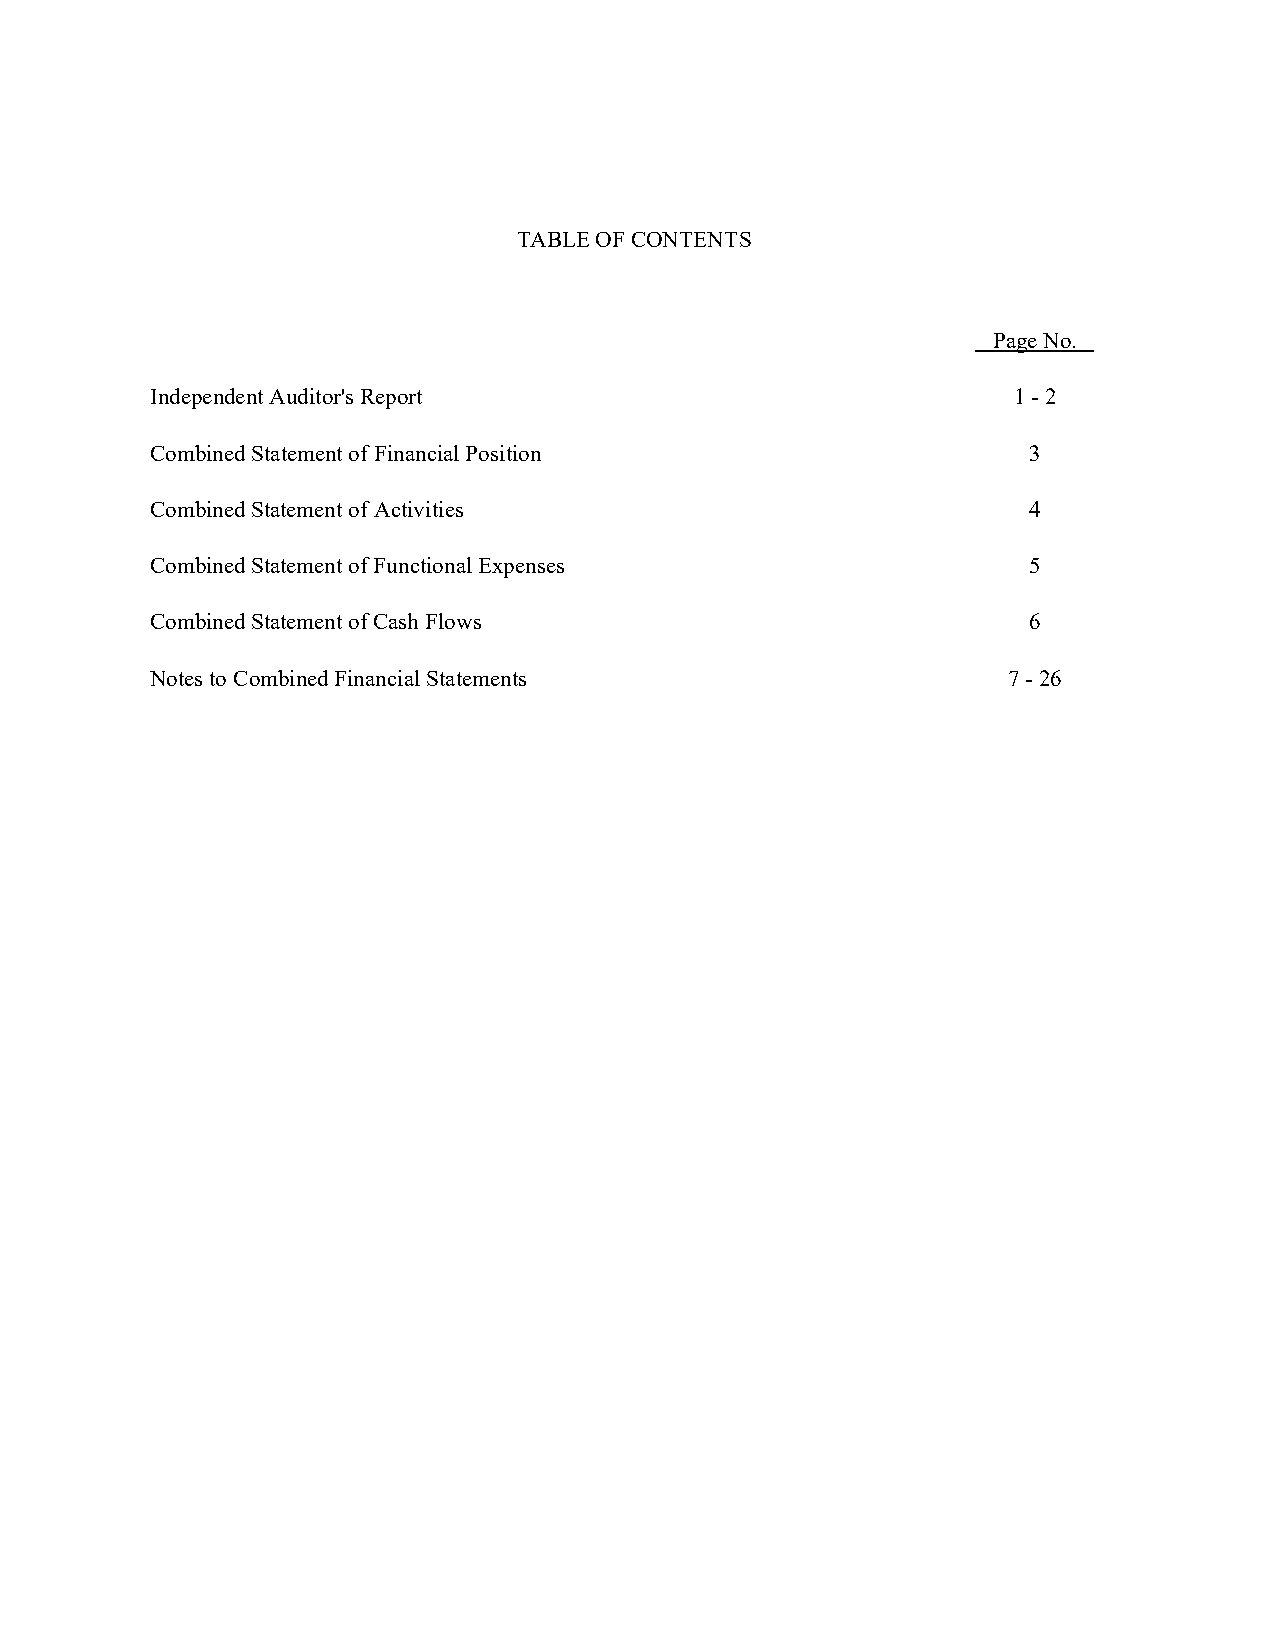
TABLE OF CONTENTS
 Page No.
 Independent Auditor's Report                             1 - 2
 Combined Statement of Financial Position                  3
 Combined Statement of Activities                          4
 Combined Statement of Functional Expenses                 5
 Combined Statement of Cash Flows                          6
 Notes to Combined Financial Statements                   7 - 26